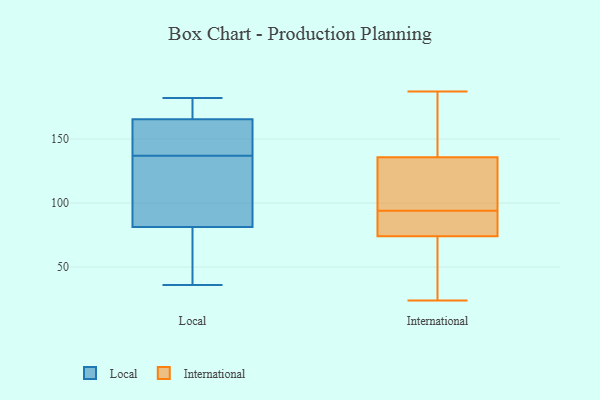
{"axis": {"x": "Active Users", "y": "Value"}, "legend": ["International", "Local"], "data": [{"x": "", "y": 49, "type": "Local"}, {"x": "", "y": 176, "type": "Local"}, {"x": "", "y": 92, "type": "Local"}, {"x": "", "y": 137, "type": "Local"}, {"x": "", "y": 44, "type": "Local"}, {"x": "", "y": 132, "type": "Local"}, {"x": "", "y": 151, "type": "Local"}, {"x": "", "y": 165, "type": "Local"}, {"x": "", "y": 129, "type": "Local"}, {"x": "", "y": 182, "type": "Local"}, {"x": "", "y": 141, "type": "Local"}, {"x": "", "y": 167, "type": "Local"}, {"x": "", "y": 36, "type": "Local"}, {"x": "", "y": 94, "type": "International"}, {"x": "", "y": 24, "type": "International"}, {"x": "", "y": 80, "type": "International"}, {"x": "", "y": 187, "type": "International"}, {"x": "", "y": 141, "type": "International"}, {"x": "", "y": 86, "type": "International"}, {"x": "", "y": 143, "type": "International"}, {"x": "", "y": 120, "type": "International"}, {"x": "", "y": 108, "type": "International"}, {"x": "", "y": 34, "type": "International"}, {"x": "", "y": 72, "type": "International"}]}